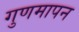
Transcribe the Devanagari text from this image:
गुणमापन